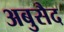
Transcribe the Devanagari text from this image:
अबुसैद